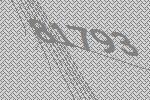
81793